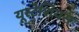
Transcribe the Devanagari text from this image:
यूस्टेशियस